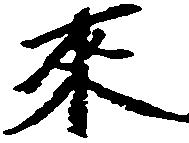
来